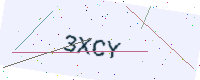
Text: 3XCY